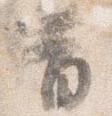
昔